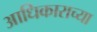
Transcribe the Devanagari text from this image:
आधिकाराच्या